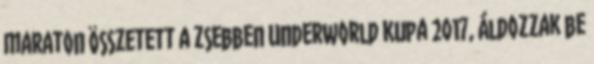
maraton összetett a zsebben Underworld Kupa 2017, áldozzak be